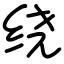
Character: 绕